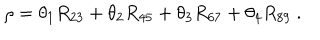
\rho = \theta _ { 1 } R _ { 2 3 } + \theta _ { 2 } R _ { 4 5 } + \theta _ { 3 } R _ { 6 7 } + \theta _ { 4 } R _ { 8 9 } ~ .